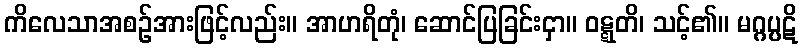
ကိလေသာအစဉ်အားဖြင့်လည်း။ အာဟရိတုံ၊ ဆောင်ပြခြင်းငှာ။ ဝဋ္ဋတိ၊ သင့်၏။ မဂ္ဂပ္ပဋိ